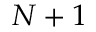
N + 1